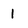
Character: 1